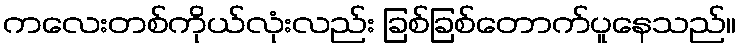
ကလေးတစ်ကိုယ်လုံးလည်း ခြစ်ခြစ်တောက်ပူနေသည်။